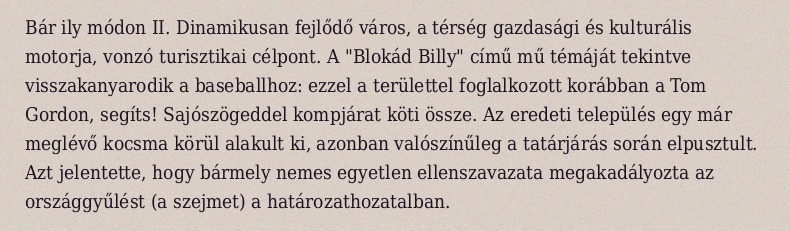
Bár ily módon II. Dinamikusan fejlődő város, a térség gazdasági és kulturális motorja, vonzó turisztikai célpont. A "Blokád Billy" című mű témáját tekintve visszakanyarodik a baseballhoz: ezzel a területtel foglalkozott korábban a Tom Gordon, segíts! Sajószögeddel kompjárat köti össze. Az eredeti település egy már meglévő kocsma körül alakult ki, azonban valószínűleg a tatárjárás során elpusztult. Azt jelentette, hogy bármely nemes egyetlen ellenszavazata megakadályozta az országgyűlést (a szejmet) a határozathozatalban.